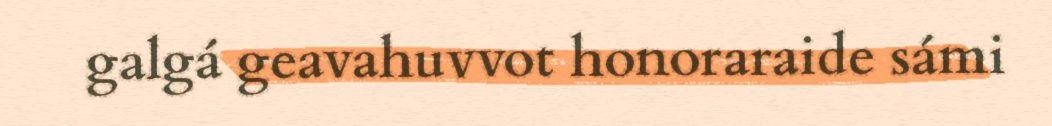
galgá geavahuvvot honoraraide sámi